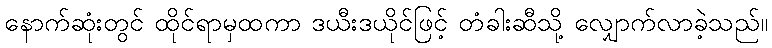
နောက်ဆုံးတွင် ထိုင်ရာမှထကာ ဒယီးဒယိုင်ဖြင့် တံခါးဆီသို့ လျှောက်လာခဲ့သည်။